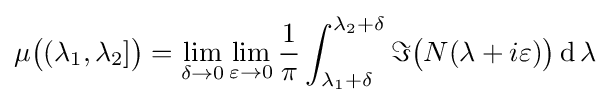
\mu {\big (}(\lambda _{1},\lambda _{2}]{\big )}=\lim _{\delta \rightarrow 0}\lim _{\varepsilon \rightarrow 0}{\frac {1}{\pi }}\int _{\lambda _{1}+\delta }^{\lambda _{2}+\delta }\Im {\big (}N(\lambda +i\varepsilon ){\big )}\operatorname {d} \lambda